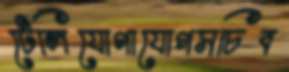
টেলিযোগাযোগসচিব